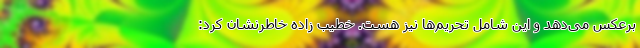
برعکس می‌دهد و این شامل تحریم‌ها نیز هست. خطیب زاده خاطرنشان کرد: